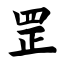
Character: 罡